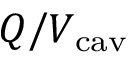
Q / V _ { \mathrm { c a v } }